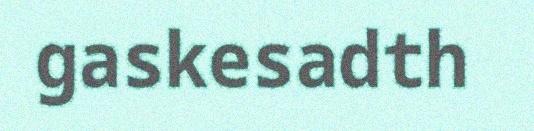
gaskesadth